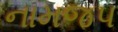
નામજપ